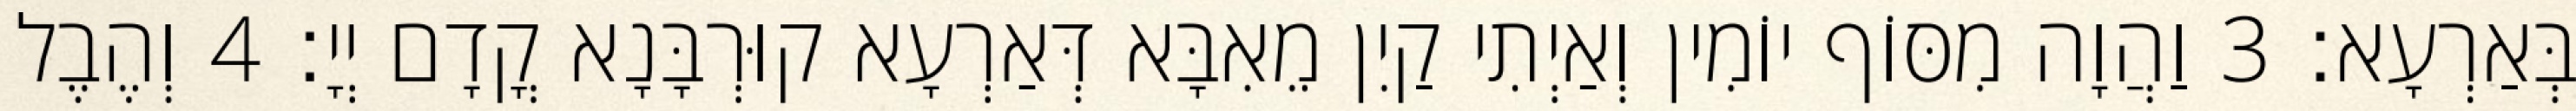
בְּאַרְעָא׃ 3 וַהֲוָה מִסּוֹף יוֹמִין וְאַיְתִי קַיִן מֵאִבָּא דְּאַרְעָא קוּרְבָּנָא קֳדָם יְיָ׃ 4 וְהֶבֶל